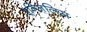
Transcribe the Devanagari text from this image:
एन्जिलिस